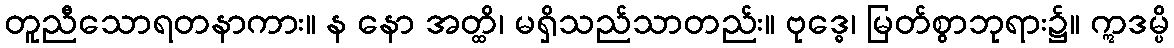
တူညီသောရတနာကား။ န နော အတ္ထိ၊ မရှိသည်သာတည်း။ ဗုဒ္ဓေ၊ မြတ်စွာဘုရား၌။ ဣဒမ္ပိ